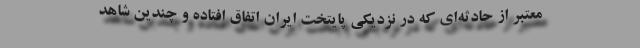
معتبر از حادثه‌ای که در نزدیکی پایتخت ایران اتفاق افتاده و چندین شاهد